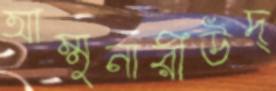
আম্মুনারীউদ্